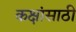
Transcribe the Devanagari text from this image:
कक्षांसाठी